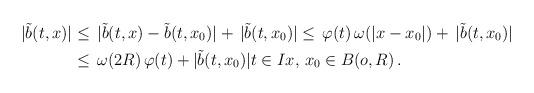
LaTeX: \begin{align*}|\tilde b(t,x)|&\le\, |\tilde{b}(t,x)-\tilde{b}(t,x_0)|+\,|\tilde{b}(t,x_0)|\le\,\varphi(t)\,\omega(|x-x_0|)+\,|\tilde{b}(t,x_0)|\\&\le\,\omega(2R)\,\varphi(t)+|\tilde{b}(t,x_0)|t\in Ix,\,x_0\in B(o,R)\,.\end{align*}